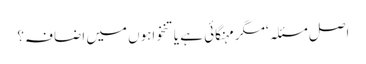
اصل مسئلہ ‘مگر مہنگائی ہے یا تنخواہوں میں اضافہ؟